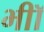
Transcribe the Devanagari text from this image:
भीॉ